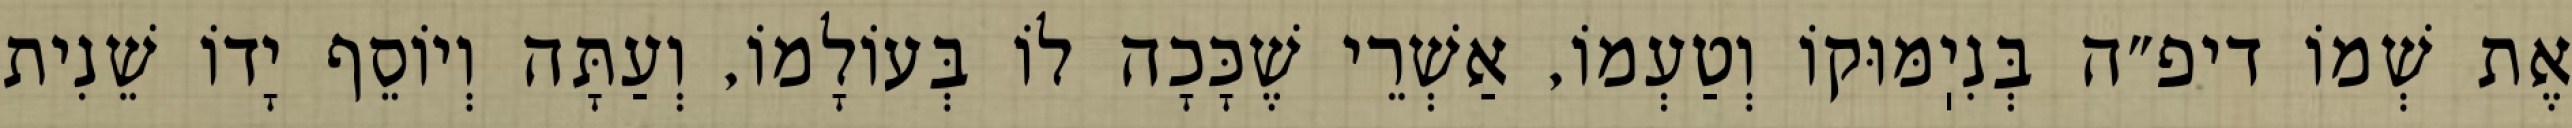
אֶת שְׁמוֹ דיפ״ה בְּנִיֽמּוּקוֹ וְטַעְמוֹ, אַשְׁרֵי שֶׁכָּכָה לוֹ בְּעוֹלָמוֹ, וְעַתָּה וְיוֹסֵף יָדוֹ שֵׁנִית